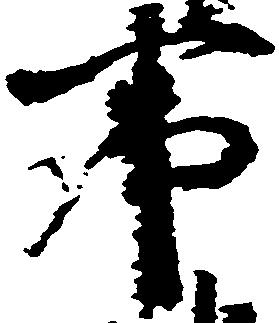
事